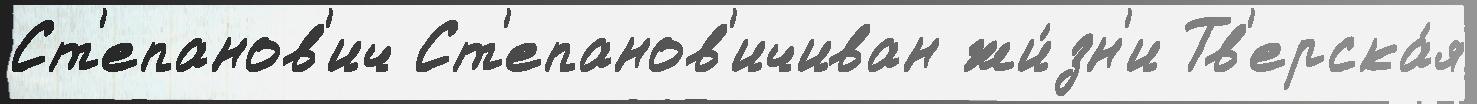
Ст'епанов'ич Ст'епанов'ичиван жи́зн'и Тв'ерска́я